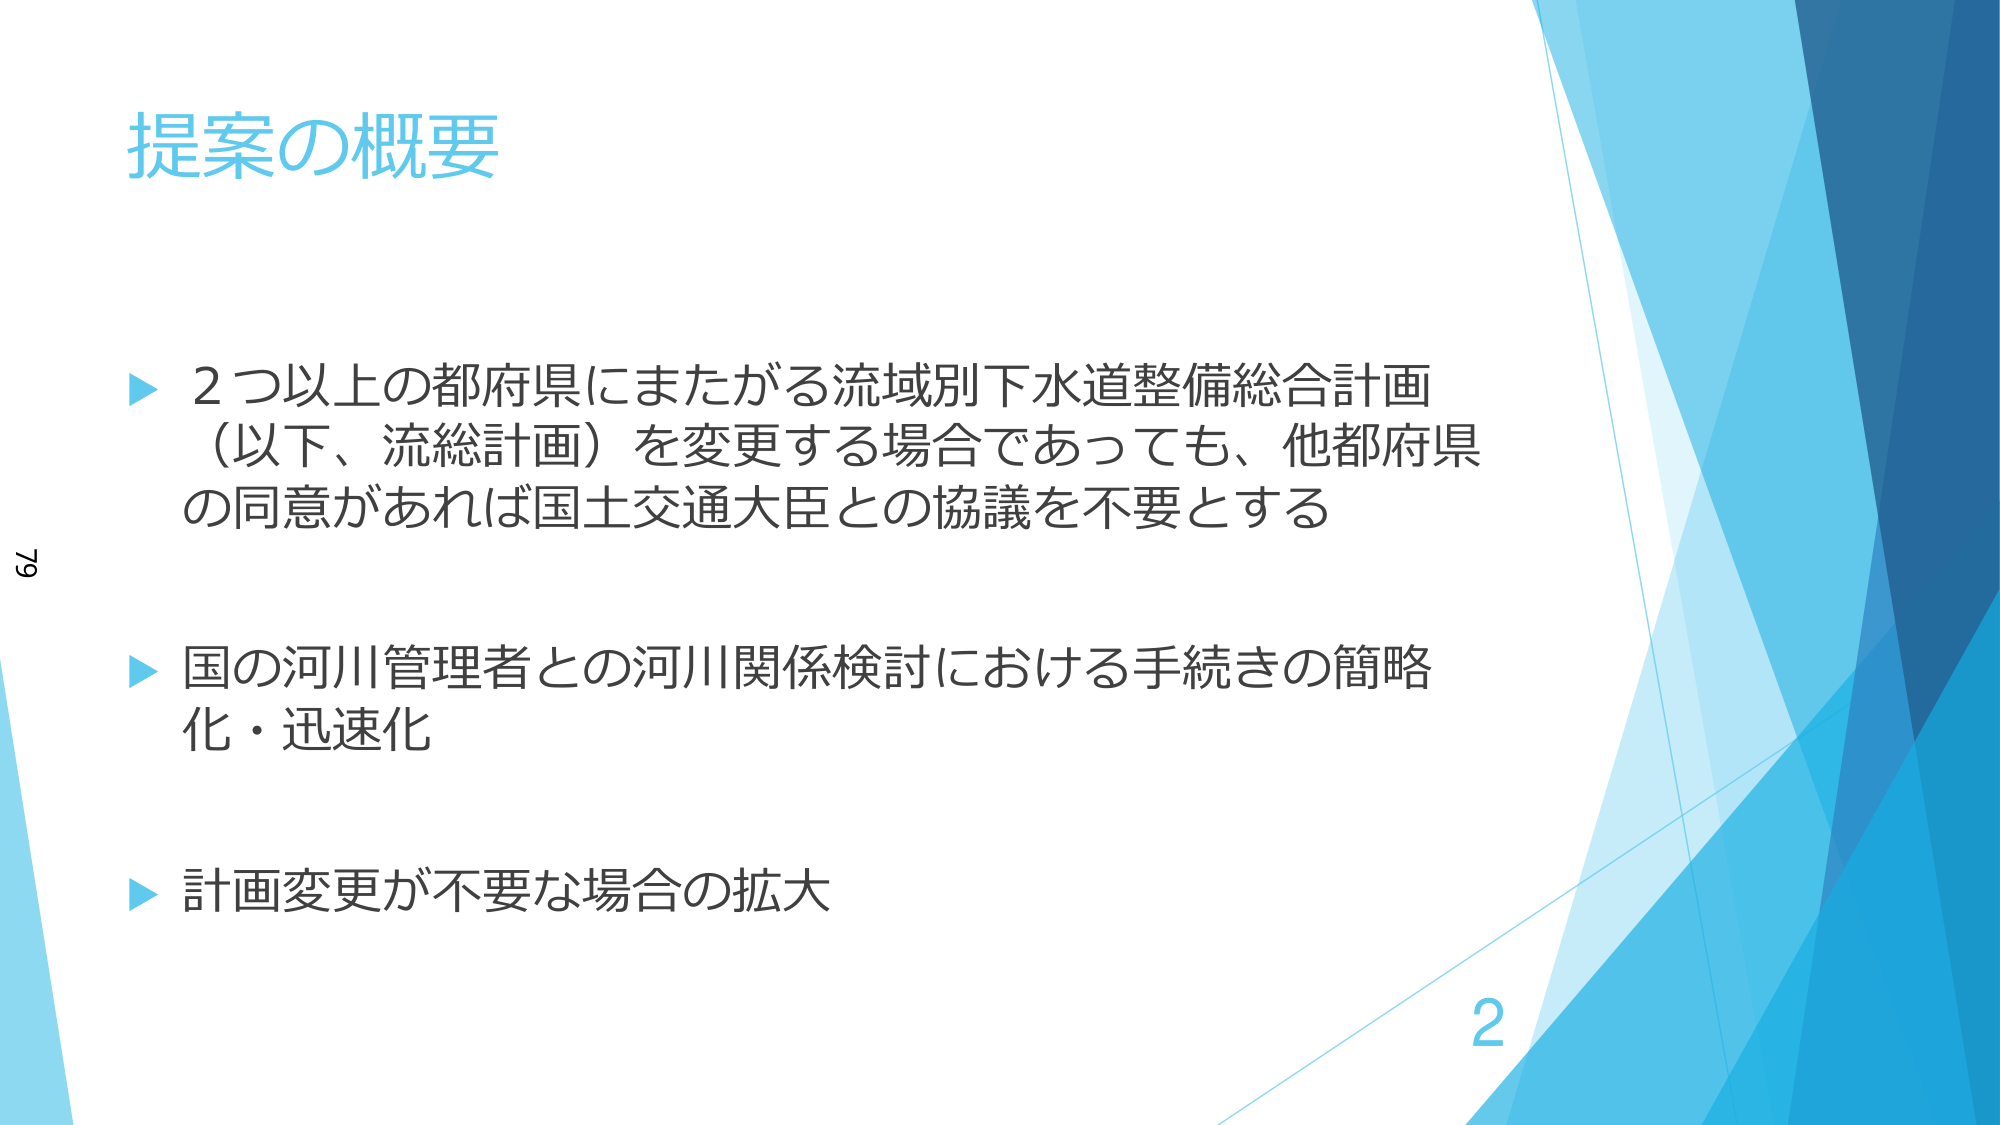
提案の概要

▶ 2つ以上の都府県にまたがる流域別下水道整備総合計画（以下、流総計画）を変更する場合であっても、他都府県の同意があれば国土交通大臣との協議を不要とする

▶ 国の河川管理者との河川関係検討における手続きの簡略化・迅速化

▶ 計画変更が不要な場合の拡大

79
2